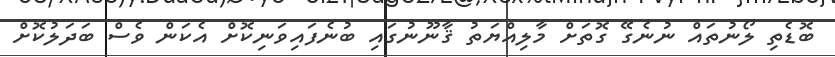
ބޮޑެތި ލޯނުތައް ނުނެގޭ ގޮތަށް މާލިއްޔަތު ޤާނޫނުގައި ބުނެފައިވަނިކޮށް އެކަން ވެސް ބަދަލުކޮށް